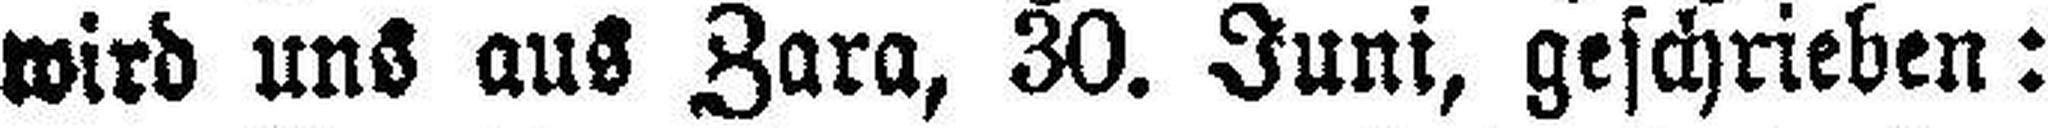
wird uns aus Zara, 30. Juni, geschrieben: